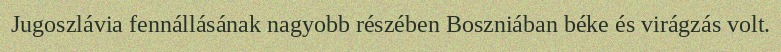
Jugoszlávia fennállásának nagyobb részében Boszniában béke és virágzás volt.